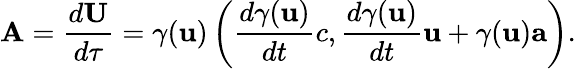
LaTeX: \mathbf{A}={\frac{d\mathbf{U}}{d\tau}}=\gamma(\mathbf{u})\left({\frac{d{\gamma}(\mathbf{u})}{dt}}c,{\frac{d{\gamma}(\mathbf{u})}{dt}}\mathbf{u}+\gamma(\mathbf{u})\mathbf{a}\right).